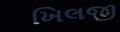
ખિલજી